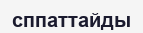
сппаттайды